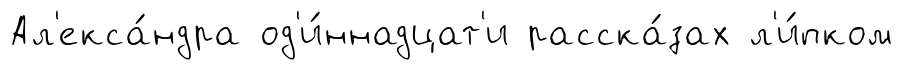
Ал'екса́ндра од'и́ннадцат'и расска́зах л'и́пком